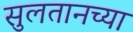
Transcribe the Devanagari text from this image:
सुलतानच्या